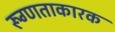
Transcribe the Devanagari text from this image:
रूग्णताकारक